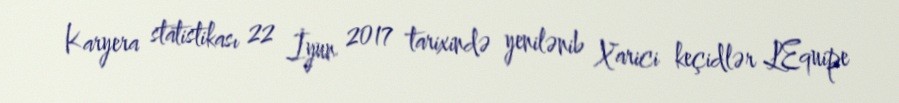
Karyera statistikası 22 İyun 2017 tarixində yenilənib Xarici keçidlər LEquipe